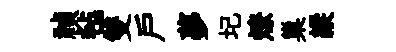
禎毡雙户夢圮燎巢縱